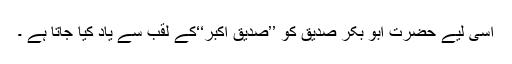
اسی لیے حضرت ابو بکر صدیق کو ’’صدیق اکبر‘‘کے لقب سے یاد کیا جاتا ہے ۔